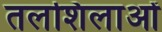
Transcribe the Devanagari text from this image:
तलशिलाओं